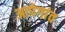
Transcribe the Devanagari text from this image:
आपेगांव